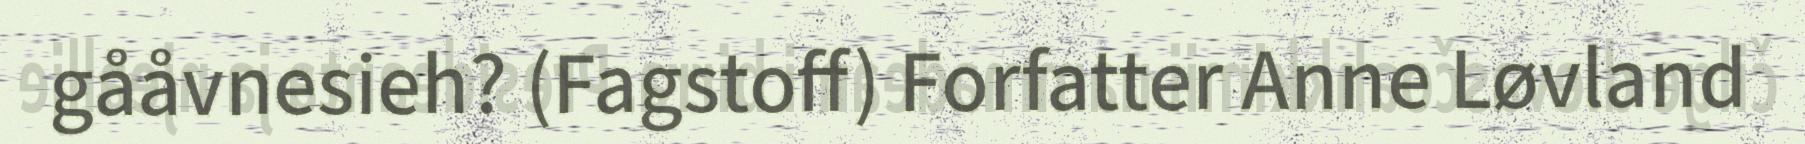
gååvnesieh? (Fagstoff) Forfatter Anne Løvland